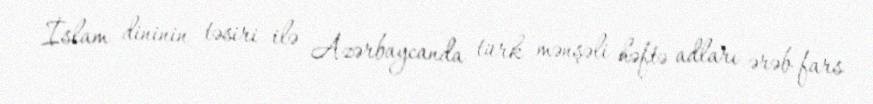
İslam dininin təsiri ilə Azərbaycanda türk mənşəli həftə adları ərəb-fars